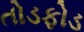
તોડફોડ